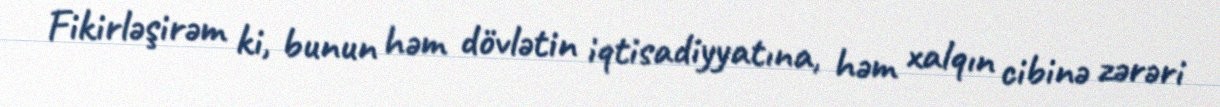
Fikirləşirəm ki, bunun həm dövlətin iqtisadiyyatına, həm xalqın cibinə zərəri